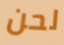
لحن